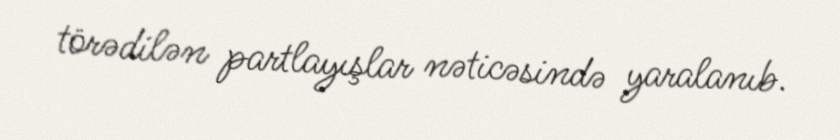
törədilən partlayışlar nəticəsində yaralanıb.